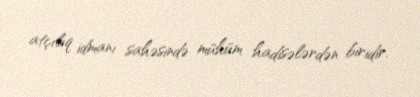
atçılıq idmanı sahəsində mühüm hadisələrdən biridir.